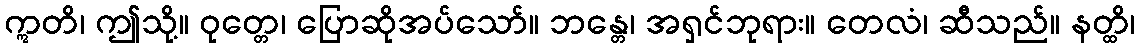
ဣတိ၊ ဤသို့။ ဝုတ္တေ၊ ပြောဆိုအပ်သော်။ ဘန္တေ၊ အရှင်ဘုရား။ တေလံ၊ ဆီသည်။ နတ္ထိ၊